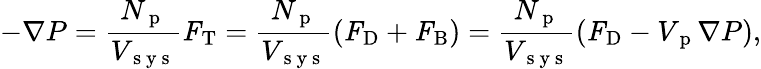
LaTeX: -\nabla P=\frac{N_{\mathrm{~p~}}}{V_{\mathrm{~s~y~s~}}}\textbf{\textit{F}}_{\mathrm{T}}=\frac{N_{\mathrm{~p~}}}{V_{\mathrm{~s~y~s~}}}(\textbf{\textit{F}}_{\mathrm{D}}+\textbf{\textit{F}}_{\mathrm{B}})=\frac{N_{\mathrm{~p~}}}{V_{\mathrm{~s~y~s~}}}(\textbf{\textit{F}}_{\mathrm{D}}-V_{\mathrm{~p~}}\nabla P),